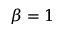
\beta = 1